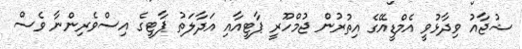
ޝުޖާއު ވިދާޅުވީ އެމްޑީއޭގެ އިތުރުން ޖުމްހޫރީ ޕާޓީއާއި އަދާލަތު ޕާޓީގެ އިސްވެރިންނާ ވެސް